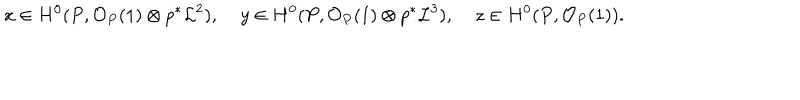
x \in H ^ { 0 } ( P , { \mathcal O } _ { P } ( 1 ) \otimes p ^ { * } { \mathcal L } ^ { 2 } ) , \; y \in H ^ { 0 } ( P , { \mathcal O } _ { P } ( 1 ) \otimes p ^ { * } { \mathcal L } ^ { 3 } ) , \; z \in H ^ { 0 } ( P , { \mathcal O } _ { P } ( 1 ) ) .